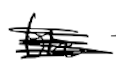
Text: the
Cross-out: scratch
Writing tool: digital_black